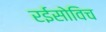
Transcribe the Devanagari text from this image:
रईसोविच